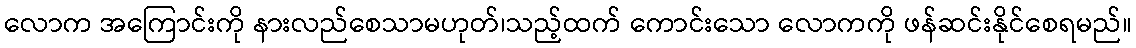
လောက အကြောင်းကို နားလည်စေသာမဟုတ်၊သည့်ထက် ကောင်းသော လောကကို ဖန်ဆင်းနိုင်စေရမည်။